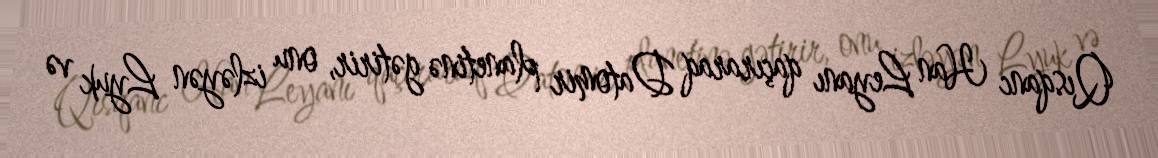
Qısqanc Han Leyanı qaçıraraq Datomir planetinə gətirir, onu izləyən Lyuk və